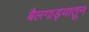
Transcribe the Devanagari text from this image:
बैलगाड्यातून